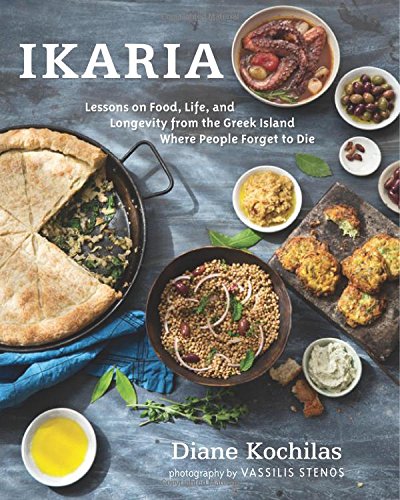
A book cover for Ikaria: Lessons on Food, Life, and Longevity from the Greek Island Where People Forget to Die; Diane Kochilas; Cookbooks, Food & Wine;